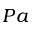
P a